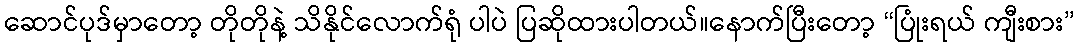
ဆောင်ပုဒ်မှာတော့ တိုတိုနဲ့ သိနိုင်လောက်ရုံ ပါပဲ ပြဆိုထားပါတယ်။နောက်ပြီးတော့ “ပြုံးရယ် ကျီးစား”